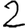
Digit: 2